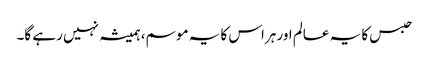
حبس کا یہ عالم اور ہراس کا یہ موسم، ہمیشہ نہیں رہے گا۔